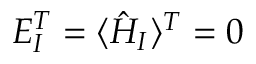
E _ { I } ^ { T } = \langle \hat { H } _ { I } \rangle ^ { T } = 0